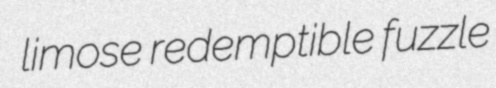
limose redemptible fuzzle